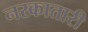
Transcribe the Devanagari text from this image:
नरकातारी